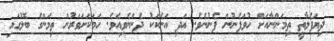
ދިޔަފެލާތީ ތިމަންނާއަށް ހުވަފެނުން ފެނުނެވެ. އަދި އަނެކަކު ދެންނެވިއެވެ. ހަމަކަށަވަރުން ތިމަންގެ ބޮލުގައި